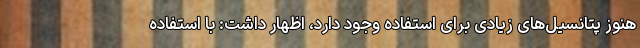
هنوز پتانسیل‌های زیادی برای استفاده وجود دارد، اظهار داشت: با استفاده